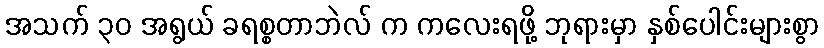
အသက် ၃၀ အရွယ် ခရစ္စတာဘဲလ် က ကလေးရဖို့ ဘုရားမှာ နှစ်ပေါင်းများစွာ